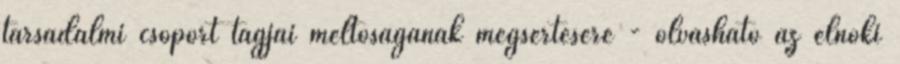
társadalmi csoport tagjai méltóságának megsértésére - olvasható az elnöki